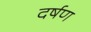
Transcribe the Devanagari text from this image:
दर्षण